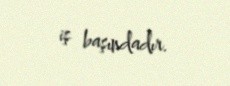
iş başındadır.